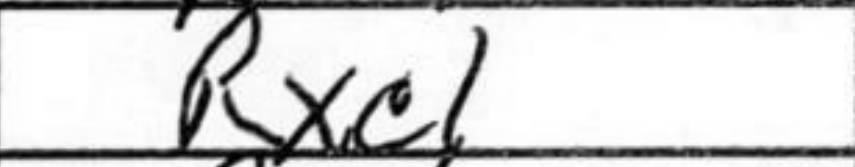
Transcription: Rxc1